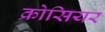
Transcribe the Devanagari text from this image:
क्रोसियर